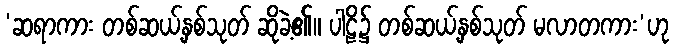
‘ဆရာကား တစ်ဆယ့်နှစ်သုတ် ဆိုခဲ့၏။ ပါဠိ၌ တစ်ဆယ့်နှစ်သုတ် မလာတကား’ဟု